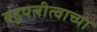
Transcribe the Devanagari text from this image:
बहुपत्नीत्वाच्या